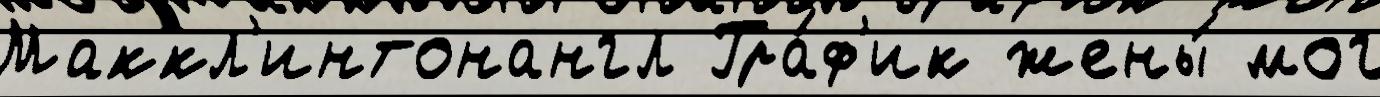
Маккл'интонангл Гра́ф'ик жены́ мог